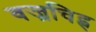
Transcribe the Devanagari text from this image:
वज्रचिह्न